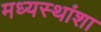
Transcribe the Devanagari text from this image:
मध्यस्थांशा